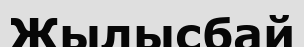
Жылысбай